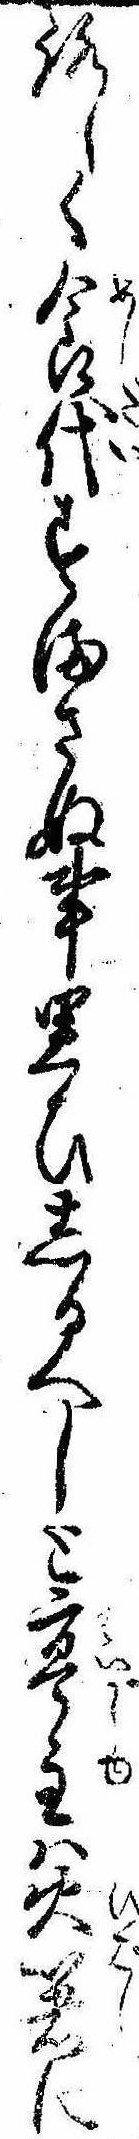
ろしく食代すまさぬ事思ひしるへしと亭主は火箸に